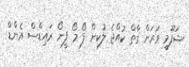
ޝަފޫމީ ވަރަށް ގާތް ކުއްޖެ ލުކިން ފޯ މޯ ފީނޯ ރައިޑްސް އެންޑް